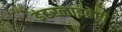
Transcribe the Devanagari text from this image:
इंटरलाइब्रेरी